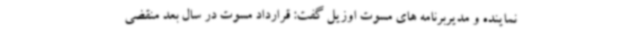
نماینده و مدیربرنامه های مسوت اوزیل گفت: قرارداد مسوت در سال بعد منقضی